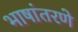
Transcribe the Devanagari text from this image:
भाषांतरणे